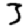
Digit: 3